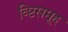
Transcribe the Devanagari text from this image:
व्ष्टिसमूह